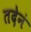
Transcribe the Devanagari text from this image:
तदेनं